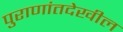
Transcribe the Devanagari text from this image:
पुराणांतदेखील